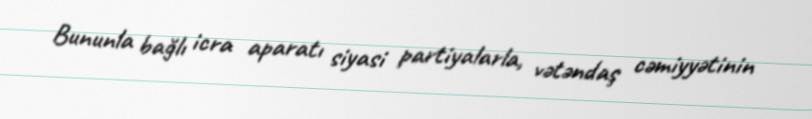
Bununla bağlı icra aparatı siyasi partiyalarla, vətəndaş cəmiyyətinin